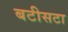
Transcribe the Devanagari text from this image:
बटीसटा